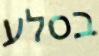
בסלע